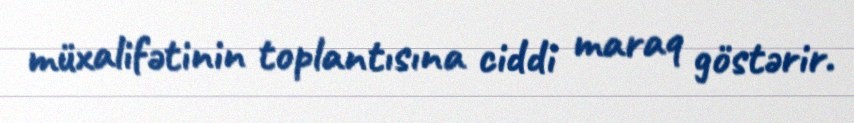
müxalifətinin toplantısına ciddi maraq göstərir.